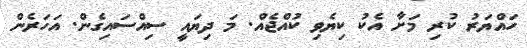
ހައްޔަރު ކުރި މަށާ އެކު ކިޔެވި ކުއްޖެއް. މަ ދިޔައީ ސިއްސައިގެން. އަހަރެން